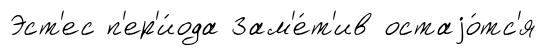
Эст'ес п'ер'и́ода Зам'е́т'ив остаjо́тс'я